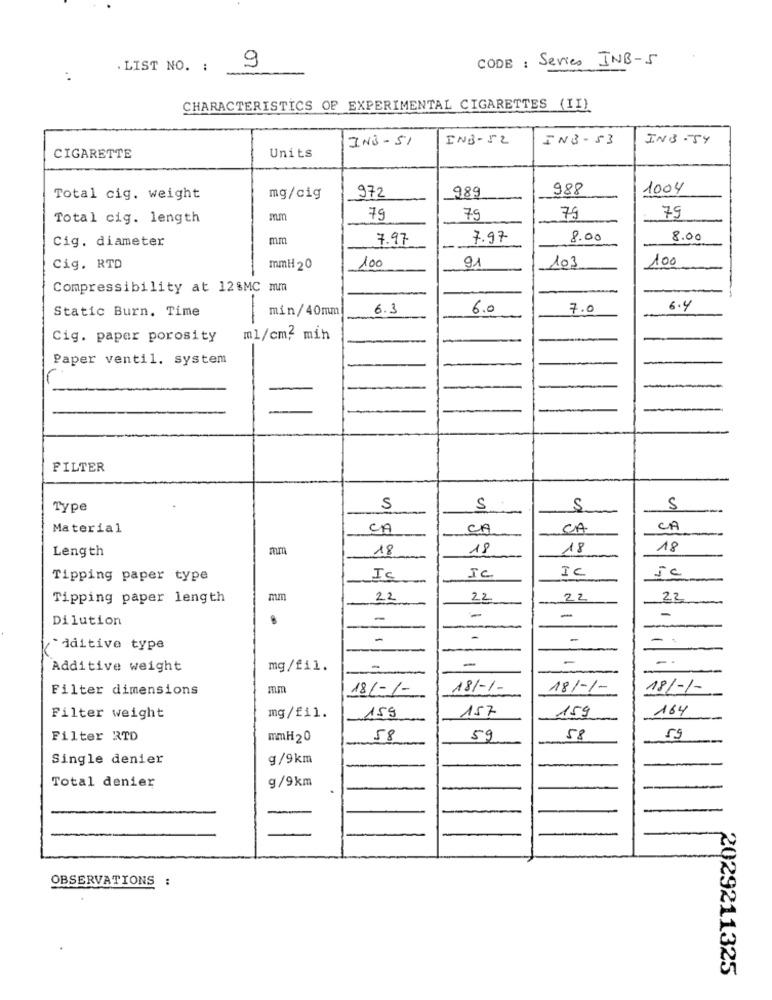
CODE : Series INB-5
. LIST NO. :
9
CHARACTERISTICS OF EXPERIMENTAL CIGARETTES (II)
IN3-51
INB-52
IN3-53
IN3.54
Units
CIGARETTE
989
988
1004
Total cig. weight
mg/cig
972
79
79
Total cig. length
mm
79
79
Cig. diameter
mm
7.97
7.97
8.00
8.00
100
91
103
100
Cig. RTD
mmH 20
Compressibility at 12$MC mm
Static Burn. Time
min/40mm
6.3
6.0
7.0
6.4
Cig. paper porosity
ml/cm2 min
Paper ventil. system
FILTER
Type
5
S
S
Material
CA
CA
CA
Length
mm
18
18
18
18
IC
Tipping paper type
Is
IC
5c
Tipping paper length
mm
22
22
22
22
Dilution
-
-
-
-
-
-
-
*dditive type
-
-
Additive weight
mg/fil.
-
Filter dimensions
mm
18/-/-
18/-1-
18/-/-
18/-/-
157
159
164
Filter weight
mg/fil.
159
Filter RTD
mmH20
58
59
58
59
Single denier
g/9km
Total denier
9/9km
OBSERVATIONS :
2029211325